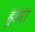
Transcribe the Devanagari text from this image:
हुंडरा